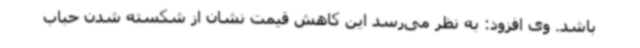
باشد. وی افزود: به نظر می‌رسد این کاهش قیمت نشان از شکسته شدن حباب